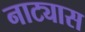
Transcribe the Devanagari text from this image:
नाट्यास